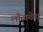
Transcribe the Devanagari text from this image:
लौटायेगा